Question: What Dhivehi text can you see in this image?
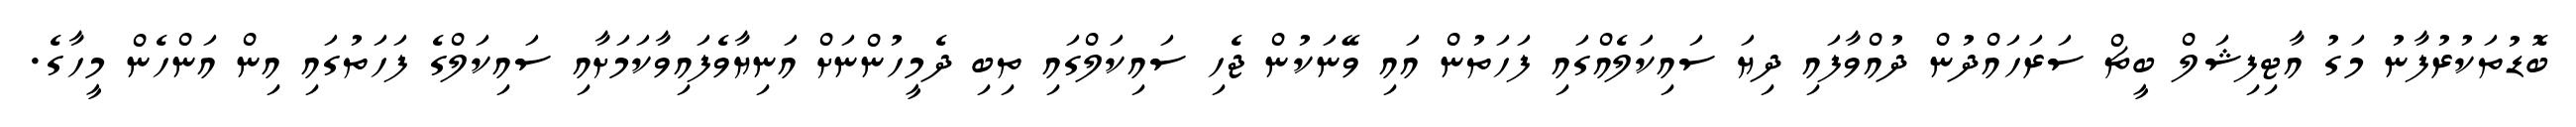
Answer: ބޮޑުތަކުރުފާނު މަގު އާޓިފިޝަލް ބީޗް ސަރަހައްދުން ދުއްވާފައި ދިޔަ ސައިކަލެއްގައި ފަހަތުން އައި ވޭނަކުން ޖެހި ސައިކަލްގައި ތިބި ދެމީހުންނަށް އަނިޔާވެފައިވާކަމަށާއި ސައިކަލްގެ ފަހަތުގައި އިން އަންހެން މީހާގެ.